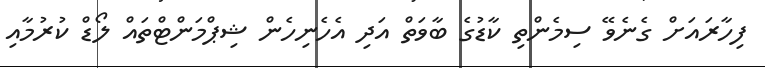
ފިހާރައަށް ގެނެވޭ ސިމެންތި ކާޑުގެ ބާވަތް އަދި އެހެނިހެން ޝިޕްމަންޓްތައް ލޯޑް ކުރުމާއި